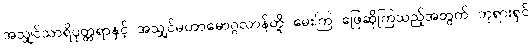
အသျှင်သာရိပုတ္တရာနှင့် အသျှင်မဟာမောဂ္ဂလာန်တို့ မေးကြ ဖြေဆိုကြသည့်အတွက် ဘုရားရှင်